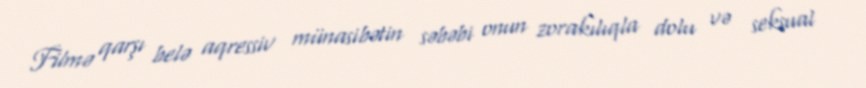
Filmə qarşı belə aqressiv münasibətin səbəbi onun zorakılıqla dolu və seksual